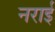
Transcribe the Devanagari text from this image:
नराई